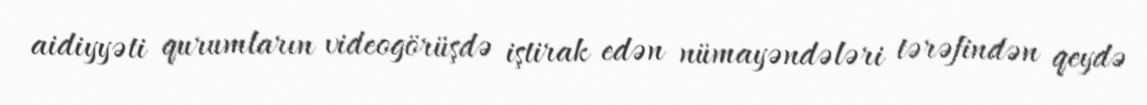
aidiyyəti qurumların videogörüşdə iştirak edən nümayəndələri tərəfindən qeydə